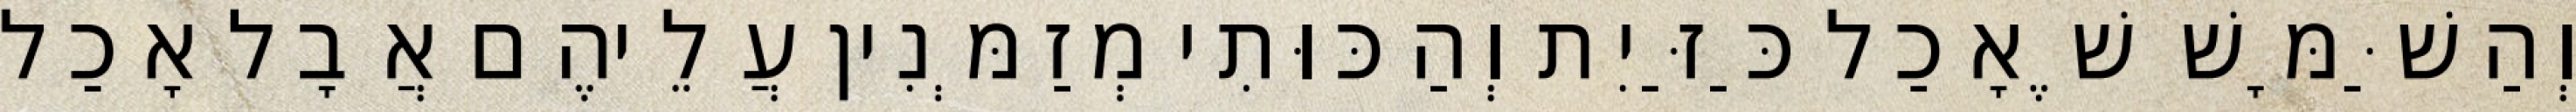
וְהַשַּׁמָּשׁ שֶׁאָכַל כַּזַּיִת וְהַכּוּתִי מְזַמְּנִין עֲלֵיהֶם אֲבָל אָכַל